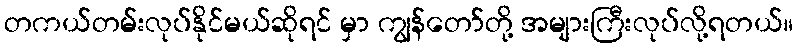
တကယ်တမ်းလုပ်နိုင်မယ်ဆိုရင် မှာ ကျွန်တော်တို့ အများကြီးလုပ်လို့ရတယ်။